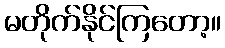
မတိုက်နိုင်ကြတော့။